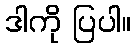
ဒါကို ပြပါ။